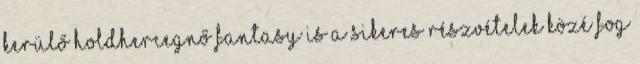
kerülő Holdhercegnő fantasy is a sikeres részvételek közé fog